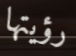
رؤيتها